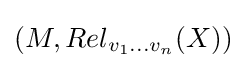
(M,Rel_{v_{1}\dots v_{n}}(X))